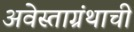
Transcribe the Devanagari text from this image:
अवेस्ताग्रंथाची